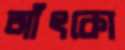
আঁৎকো